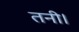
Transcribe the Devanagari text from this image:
तनी।